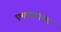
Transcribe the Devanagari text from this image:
एमएफएसए